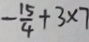
- \frac { 1 5 } { 4 } + 3 \times 7